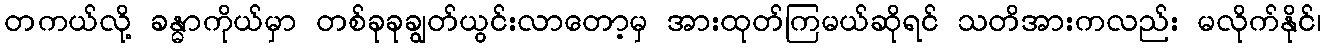
တကယ်လို့ ခန္ဓာကိုယ်မှာ တစ်ခုခုချွတ်ယွင်းလာတော့မှ အားထုတ်ကြမယ်ဆိုရင် သတိအားကလည်း မလိုက်နိုင်၊